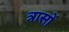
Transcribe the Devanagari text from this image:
त्रासों